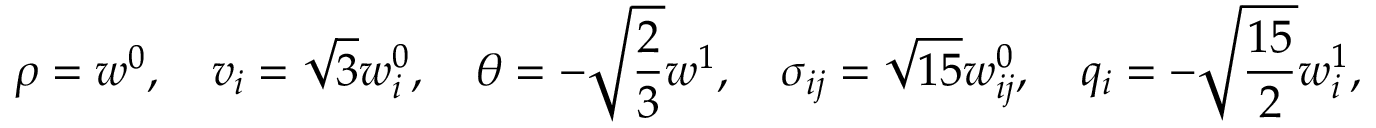
\rho = w ^ { 0 } , \quad v _ { i } = \sqrt { 3 } w _ { i } ^ { 0 } , \quad \theta = - \sqrt { \frac { 2 } { 3 } } w ^ { 1 } , \quad \sigma _ { i j } = \sqrt { 1 5 } w _ { i j } ^ { 0 } , \quad q _ { i } = - \sqrt { \frac { 1 5 } { 2 } } w _ { i } ^ { 1 } ,